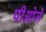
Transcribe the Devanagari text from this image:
पीओजे